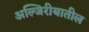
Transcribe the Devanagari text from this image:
अल्जिरीयातील